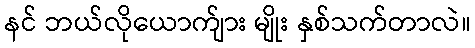
နင် ဘယ်လိုယောက်ျား မျိုး နှစ်သက်တာလဲ။